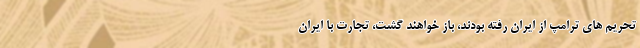
تحریم های ترامپ از ایران رفته بودند، باز خواهند گشت، تجارت با ایران